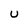
Character: U